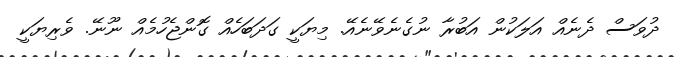
ދުވަސް ދެނެއް އަލަކުން އަބުރާ ނުގެނެވޭނެއޭ. މިޔަކީ ގަދަބަހެއް ގޮންޖެހުމެއް ނޫނޭ. ވެރިޔަކީ